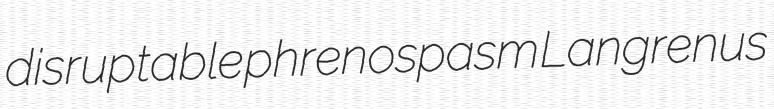
disruptable phrenospasm Langrenus